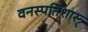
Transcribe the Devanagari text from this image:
वनस्पतिशास्त्र्